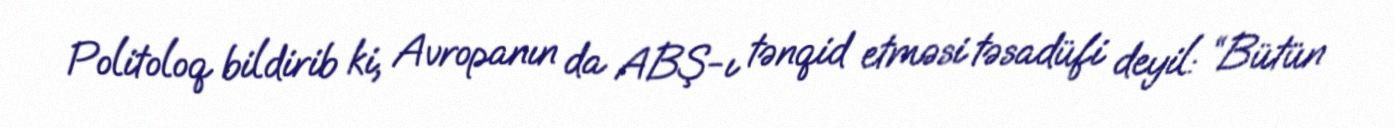
Politoloq bildirib ki, Avropanın da ABŞ-ı tənqid etməsi təsadüfi deyil: “Bütün